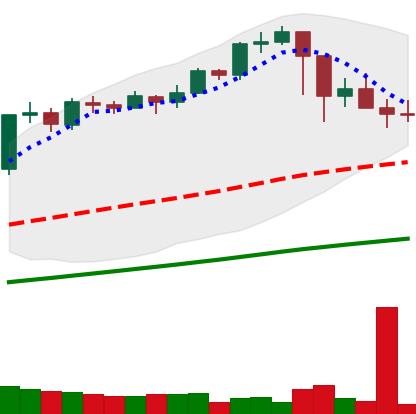
Ticker: BTC-USD
Chart end date: 2021-02-27
Forward return: 5.137%
Label: up_5_7